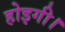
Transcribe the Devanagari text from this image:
होइगी।